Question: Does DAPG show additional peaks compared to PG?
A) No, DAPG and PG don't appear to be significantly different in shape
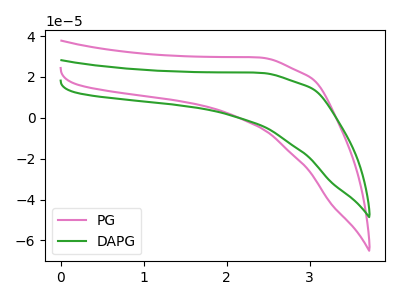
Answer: <think>The pink curve "PG" has no peaks. The green curve "DAPG" has no peaks.
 Neither "DAPG" or "PG" have any peaks.</think>
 <answer>A) No, "DAPG" and "PG" don't appear to be significantly different in shape</answer>
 <eval>A</eval>